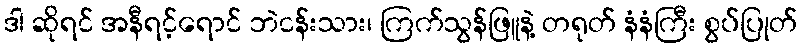
ဒါ ဆိုရင် အနီရင့်ရောင် ဘဲငန်းသား၊ ကြက်သွန်ဖြူနဲ့ တရုတ် နံနံကြီး စွပ်ပြုတ်